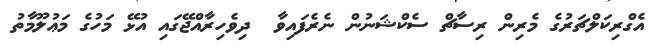
އެގްރިކަލްޗަރުގެ މެރިން ރިސާޗް ސެކްޝަނުން ނެރެފައިވާ  ދިވެހިރާއްޖޭގައި އުޅޭ މަހުގެ މަޢުލޫމާތު